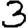
Digit: 3